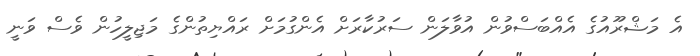
އެ މަޝްރޫއުގެ އެއްބަސްވުން އުވާލަން ސަރުކާރަށް އެންގުމަށް ރައްޔިތުންގެ މަޖިލީހުން ވެސް ވަނީ